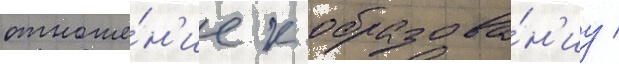
отноше́н'ие к образова́н'иу /